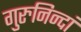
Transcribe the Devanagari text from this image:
गुरुनिन्दां